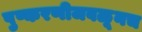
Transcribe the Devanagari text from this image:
पुष्करणीजवळूनच